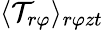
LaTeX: \langle\mathcal{T}_{r\varphi}\rangle_{r\varphi zt}